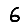
Digit: 6